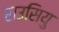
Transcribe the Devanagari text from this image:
राउसियु